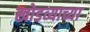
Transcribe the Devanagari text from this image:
खोडव्याच्या